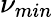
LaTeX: \nu_{min}